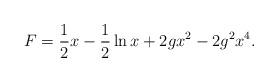
LaTeX: \begin{align*}F=\frac{1}{2}x-\frac{1}{2}\ln x+2gx^2 -2g^2 x^4 .\end{align*}